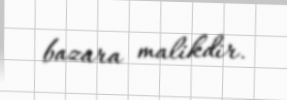
bazara malikdir.